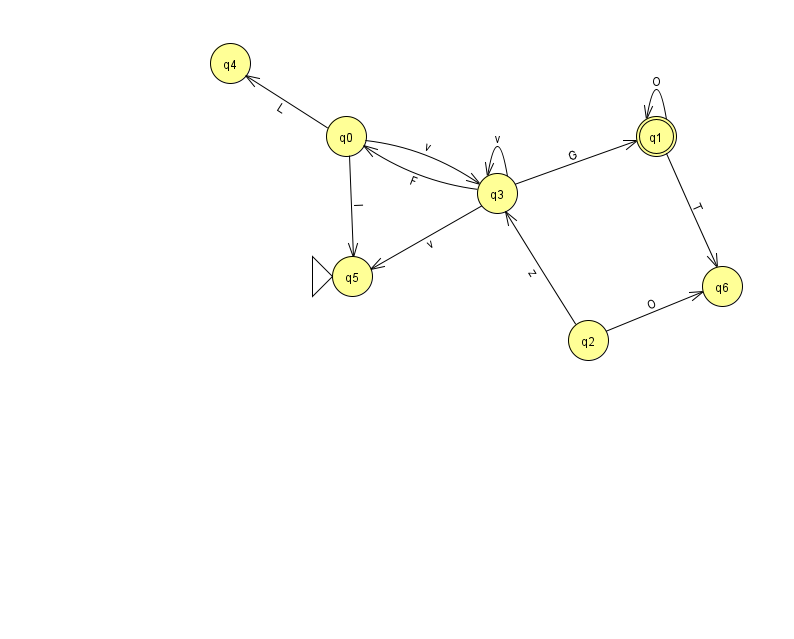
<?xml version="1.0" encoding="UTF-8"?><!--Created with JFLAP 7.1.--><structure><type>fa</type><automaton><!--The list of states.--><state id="0" name="q0"><x>346.0</x><y>123.0</y></state><state id="1" name="q1"><x>656.0</x><y>123.0</y><final/></state><state id="2" name="q2"><x>588.0</x><y>327.0</y></state><state id="3" name="q3"><x>497.0</x><y>180.0</y></state><state id="4" name="q4"><x>230.0</x><y>50.0</y></state><state id="5" name="q5"><x>352.0</x><y>263.0</y><initial/></state><state id="6" name="q6"><x>722.0</x><y>273.0</y></state><!--The list of transitions.--><transition><from>2</from><to>6</to><read>O</read></transition><transition><from>3</from><to>1</to><read>G</read></transition><transition><from>0</from><to>4</to><read>L</read></transition><transition><from>3</from><to>3</to><read>v</read></transition><transition><from>2</from><to>3</to><read>z</read></transition><transition><from>3</from><to>5</to><read>v</read></transition><transition><from>0</from><to>5</to><read>I</read></transition><transition><from>0</from><to>3</to><read>v</read></transition><transition><from>1</from><to>1</to><read>O</read></transition><transition><from>1</from><to>6</to><read>T</read></transition><transition><from>3</from><to>0</to><read>F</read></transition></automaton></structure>